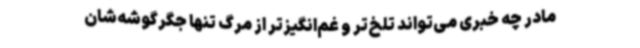
مادر چه خبری می‌تواند تلخ‌تر و غم‌انگیزتر از مرگ تنها جگرگوشه‌شان